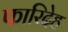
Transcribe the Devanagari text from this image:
फारिदेह